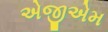
એજીએમ